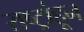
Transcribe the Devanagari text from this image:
राष्ट्रांहून